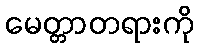
မေတ္တာတရားကို